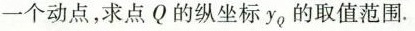
一个动点，求点Q的纵坐标y_{Q}的取值范围。